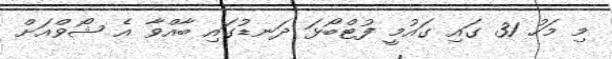
މި މަހު 31 ގައި ގައުމީ ފުޓްބޯޅަ ދަނޑުގައި ބާއްވާ އެ ޝޯވްއަށް